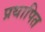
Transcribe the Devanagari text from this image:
प्रथापित